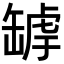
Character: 𦉄